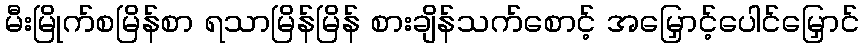
မီးမြိုက်စမြိန်စာ ရသာမြိန်မြိန် စားချိန်သက်စောင့် အမြှောင့်ပေါင်မြှောင်